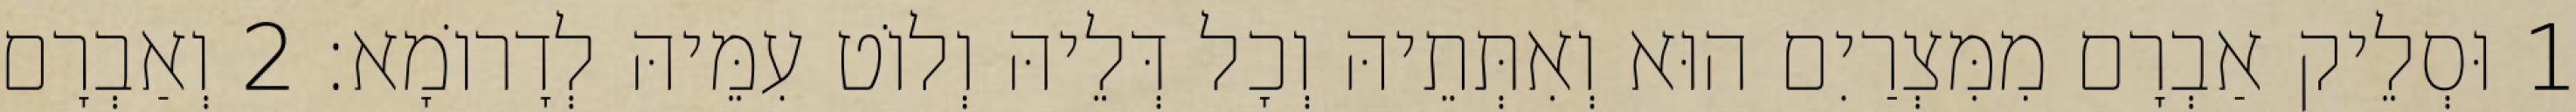
1 וּסְלֵיק אַבְרָם מִמִּצְרַיִם הוּא וְאִתְּתֵיהּ וְכָל דְּלֵיהּ וְלוֹט עִמֵּיהּ לְדָרוֹמָא׃ 2 וְאַבְרָם